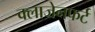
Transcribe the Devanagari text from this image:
क्लाजेनफर्ट